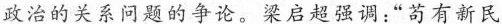
政治的关系问题的争论。梁启超强调：”苟有新民